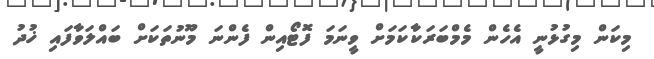
މިކަން މިގުޅުނީ އެހެން މެމްބަރަކާކަމަށް ވީނަމަ ފޮޓޯއިން ފެންނަ މޫނުތަކަށް ބައްލަވާފައި ޚުދު